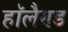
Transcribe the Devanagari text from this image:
हाॅलैण्ड